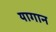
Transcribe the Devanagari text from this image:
यागान